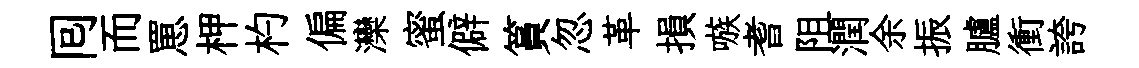
囘而罳柙杓偏灤蜜僻篔忽革損嗾耆阻潤余振臚衝誇